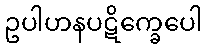
ဥပါဟနပဋိက္ခေပေါ